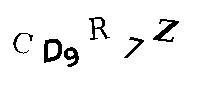
CD9R7Z